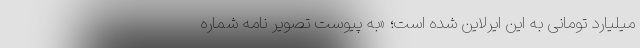
میلیارد تومانی به این ایرلاین شده است؛ «به پیوست تصویر نامه شماره